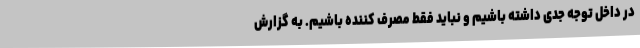
در داخل توجه جدی داشته باشیم و نباید فقط مصرف‌ کننده باشیم. به گزارش